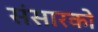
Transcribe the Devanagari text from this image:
संसारको